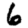
Digit: 6